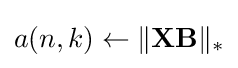
a(n,k)\leftarrow \|\mathbf {X} \mathbf {B} \|_{*}